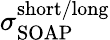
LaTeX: \sigma_{\mathrm{SOAP}}^{\mathrm{short/long}}